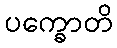
ပက္ခောတိ